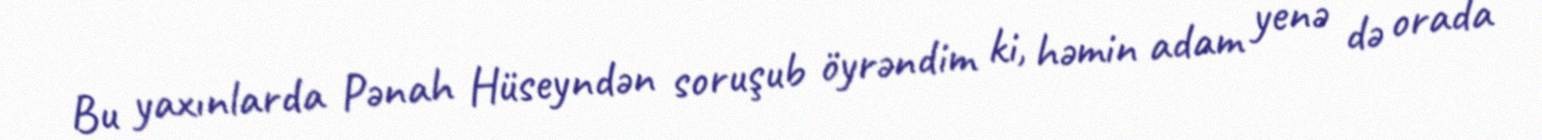
Bu yaxınlarda Pənah Hüseyndən soruşub öyrəndim ki, həmin adam yenə də orada